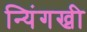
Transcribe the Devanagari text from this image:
न्यिंगख्री